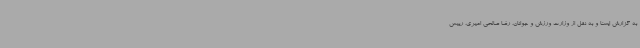
به گزارش ایسنا و به نقل از وزارت ورزش و جوانان، رضا صالحی امیری، رییس